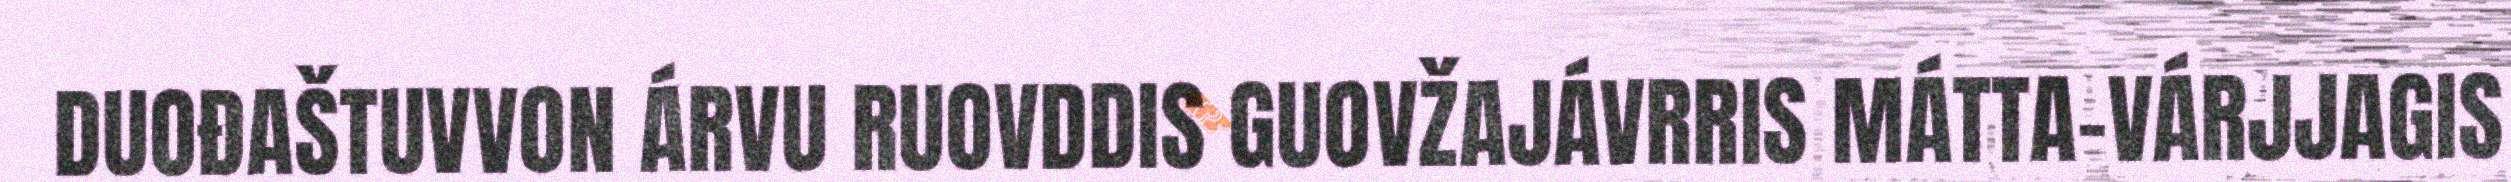
DUOĐAŠTUVVON ÁRVU RUOVDDIS GUOVŽAJÁVRRIS MÁTTA-VÁRJJAGIS